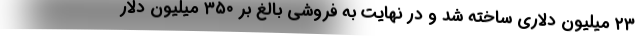
۲۳ میلیون دلاری ساخته شد و در نهایت به فروشی بالغ بر ۳۵۰ میلیون دلار